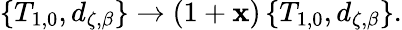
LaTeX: \left\{ T_{1,0},d_{\zeta,\beta}\right\} \rightarrow\left(1+\mathbf{x}\right)\left\{ T_{1,0},d_{\zeta,\beta}\right\} .